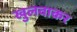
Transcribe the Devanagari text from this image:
खुलवाकर